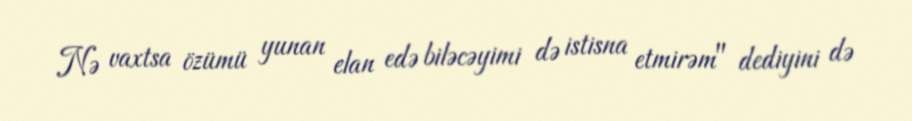
Nə vaxtsa özümü yunan elan edə biləcəyimi də istisna etmirəm" dediyini də